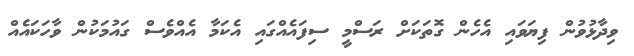
ވިދާޅުވުން ފިޔަވައި އެހެން ގޮތަކަށް ރަސްމީ ސިފައެއްގައި އެކަމާ އެއްވެސް ގައުމަކުން ވާހަކައެއް